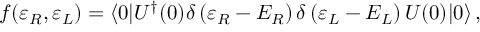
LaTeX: f ( \varepsilon _ { R } , \varepsilon _ { L } ) = \langle 0 | U ^ { \dagger } ( 0 ) \delta \left( \varepsilon _ { R } - { \cal E } _ { R } \right) \delta \left( \varepsilon _ { L } - { \cal E } _ { L } \right) U ( 0 ) | 0 \rangle \, ,